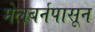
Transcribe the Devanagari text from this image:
मेलबर्नपासून